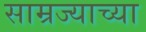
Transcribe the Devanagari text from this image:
साम्रज्याच्या